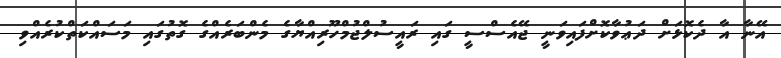
އޭނާ އާ ދެކޮޅަށް ދަޢުވާކޮށްފައިވަނީ ޖޭއެސްސީ ގައި ރައީސުލްޖުމްހޫރިއްޔާގެ މެންބަރެއްގެ ގޮތުގައި މަސައްކަތްކުރެއްވި